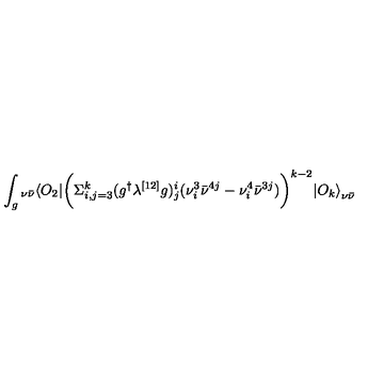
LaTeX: \int _ { g } { } _ { \nu \bar { \nu } } \langle O _ { 2 } | \biggl ( \Sigma _ { i , j = 3 } ^ { k } ( g ^ { \dagger } \lambda ^ { [ 1 2 ] } g ) _ { j } ^ { i } ( \nu _ { i } ^ { 3 } { \bar { \nu } } ^ { 4 j } - \nu _ { i } ^ { 4 } { \bar { \nu } } ^ { 3 j } ) \biggr ) ^ { k - 2 } { | O _ { k } \rangle } _ { \nu \bar { \nu } }